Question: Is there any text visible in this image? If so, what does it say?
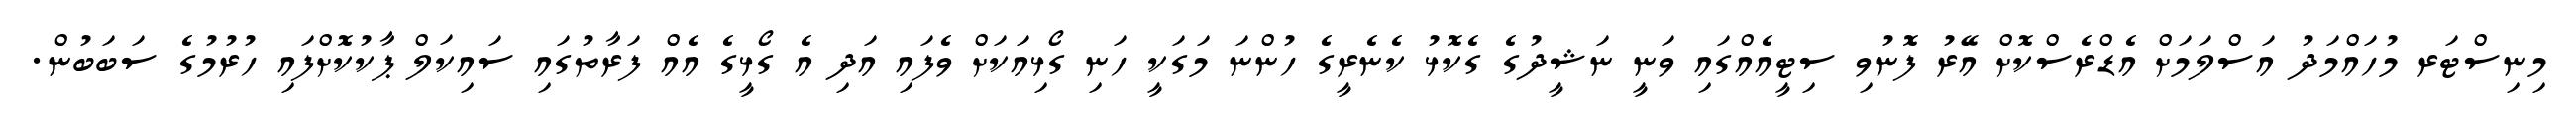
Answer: މިނިސްޓަރ މުހައްމަދު އަސްލަމަށް އެޑްރެސްކޮށް އޭރު ފޮނުވި ސިޓީއެއްގައި ވަނީ ނަޝީދުގެ ގެކޮޅު ކެނެރީގެ ހުންނަ މަގަކީ ހަނި ގޯޅިއަކަށް ވެފައި އަދި އެ ގޯޅީގެ އެއް ފަރާތުގައި ސައިކަލް ޕާކުކޮށްފައި ހުރުމުގެ ސަބަބުން.